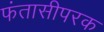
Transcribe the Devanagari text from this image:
फंतासीपरक